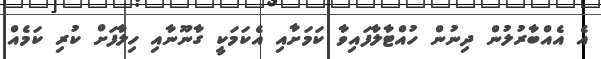
އެ އެއްބާރުލުން ދިނުން ހުއްޓާލާފައިވާ ކަމަށާއި އެކަމަކީ ގާނޫނާއި ހިލާފަށް ކުރި ކަމެއް